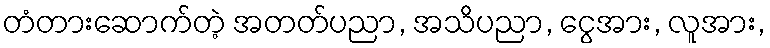
တံတားဆောက်တဲ့ အတတ်ပညာ, အသိပညာ, ငွေအား, လူအား,